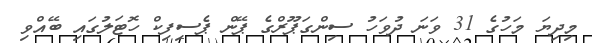
މިދިޔަ މަހުގެ 31 ވަނަ ދުވަހު ސިންގަޕޫރްގެ ޕޭން ޕެސިފިކް ހޮޓަލުގައި ބޭއްވި